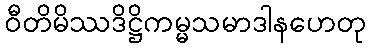
ဝီတိမိဿဒိဋ္ဌိကမ္မသမာဒါနဟေတု